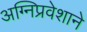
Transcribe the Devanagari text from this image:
अग्‍निप्रवेशाने